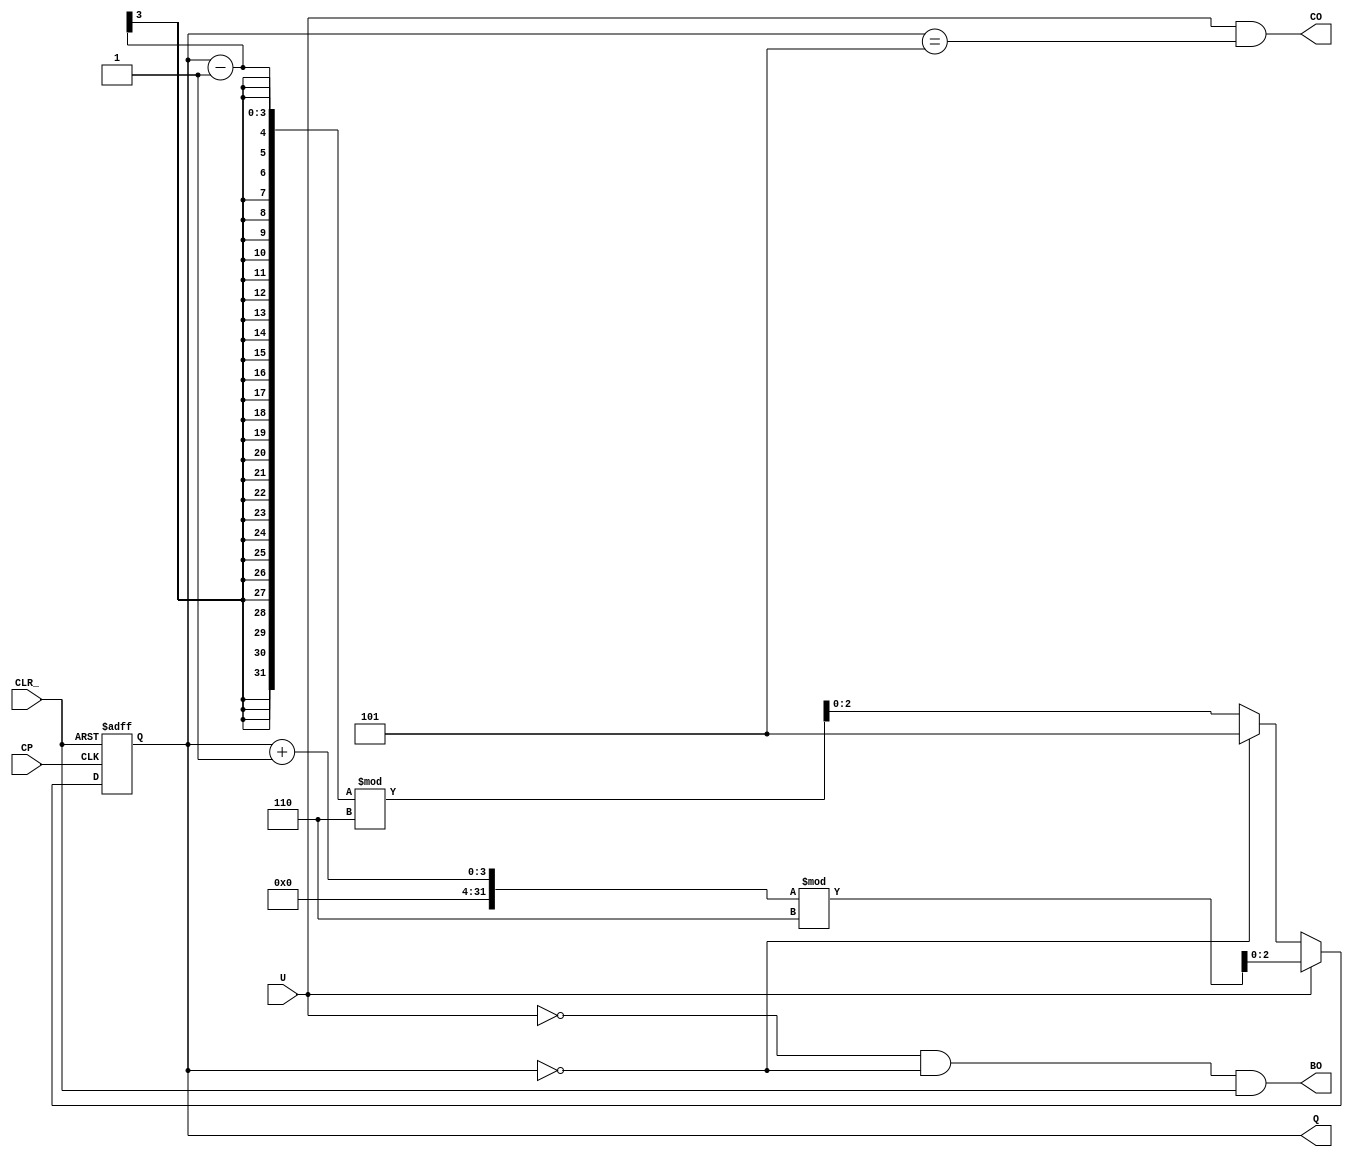
// Counter6CPCLR_UQCOBO
module Counter6 (CP, CLR_, U, Q, CO, BO);
    input CP, CLR_, U;  // CPCLR_U
    output reg [2:0] Q; // 3Q
    output CO, BO;      // COBO

    // COU1Q5CO1
    assign CO = U & (Q == 3'd5);

    // BOU0Q0CLR_1BO1
    assign BO = ~U & (Q == 3'd0) & (CLR_ == 1'b1);

    // CLR_
    always @ (posedge CP or negedge CLR_)
      if (~CLR_) 
          Q <= 3'b000;            // CLR_0
      else if (U == 1)            // U1
          Q <= (Q + 1'b1) % 6;    // 160
      else if (Q == 3'b000)
          Q <= 3'd5;              // Q05
      else                        // U0
          Q <= (Q - 1'b1) % 6;    // 1-15
endmodule
// 6
// U
// CLR_
// COBO
// %66-1